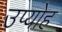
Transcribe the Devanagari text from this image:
उप्योह